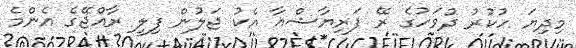
މިދިޔަ ހުކުރު ދުވަހުގެ ރޭ ފަރިޔާޝްއާ އެކު ޖަލުން ފިލީ ރާއްޖޭގެ އެންމެ